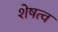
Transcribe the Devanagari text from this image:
शेषत्व